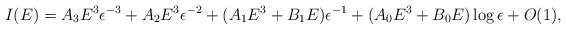
\begin{align*}I(E)= A_{3} E^{3} \epsilon ^{-3} + A_{2} E^{3} \epsilon ^{-2}+(A_{1} E^{3} + B_{1} E) \epsilon ^{-1} +(A_{0} E^{3}+ B_{0} E ) \log \epsilon +O(1) ,\end{align*}